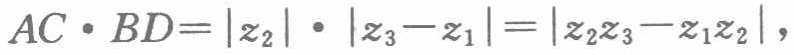
\[AC\cdot BD = |z_{2}|\cdot|z_{3}-z_{1}| = |z_{2}z_{3}-z_{1}z_{2}|,\]